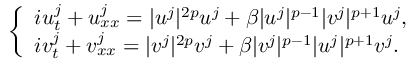
\begin{array} { r } { \left\lbrace \begin{array} { l } { i u _ { t } ^ { j } + u _ { x x } ^ { j } = | u ^ { j } | ^ { 2 p } u ^ { j } + \beta | u ^ { j } | ^ { p - 1 } | v ^ { j } | ^ { p + 1 } u ^ { j } , } \\ { i v _ { t } ^ { j } + v _ { x x } ^ { j } = | v ^ { j } | ^ { 2 p } v ^ { j } + \beta | v ^ { j } | ^ { p - 1 } | u ^ { j } | ^ { p + 1 } v ^ { j } . } \end{array} \right. } \end{array}